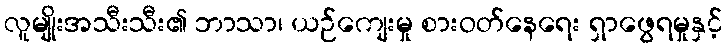
လူမျိုးအသီးသီး၏ ဘာသာ၊ ယဉ်ကျေးမှု စားဝတ်နေရေး ရှာဖွေရမှုနှင့်